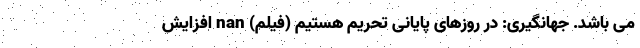
می باشد. جهانگیری: در روزهای پایانی تحریم هستیم (فیلم) nan افزایش